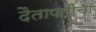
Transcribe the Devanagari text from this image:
दैतापतींचा